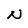
Character: N